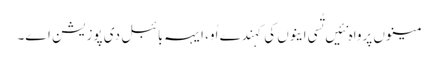
مینوں پرواہ نئیں تُسی اینوں کی کہندے اُو، ایہہ بائبل دی پوزیشن اے۔